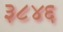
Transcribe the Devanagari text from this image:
३८४६